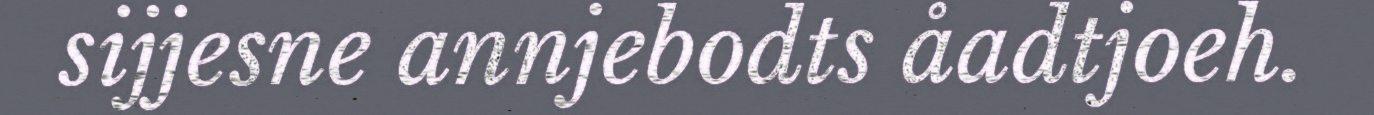
sijjesne annjebodts åadtjoeh.